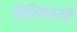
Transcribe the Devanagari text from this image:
विशिष्टग्रंथों